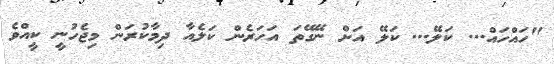
"ހައްހައް... ކަލޭ... ކަލޭ އަށް ނޭގޭތަ އަހަރެން ކަލެއާ ދިމާކުރަން މިޖެހުނީ ކީއްވެ